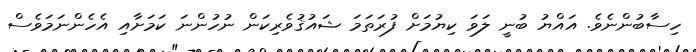
ހިސާބުންނެވެ. އައްޔު ބުނީ ލަވަ ކިޔުމަށް ފުރަތަމަ ޝައުޤުވެރިކަން ނުހުންނަ ކަމަށާއި އެހެންނަމަވެސް